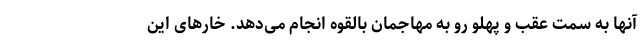
آنها به سمت عقب و پهلو رو به مهاجمان بالقوه انجام می‌دهد. خارهای این